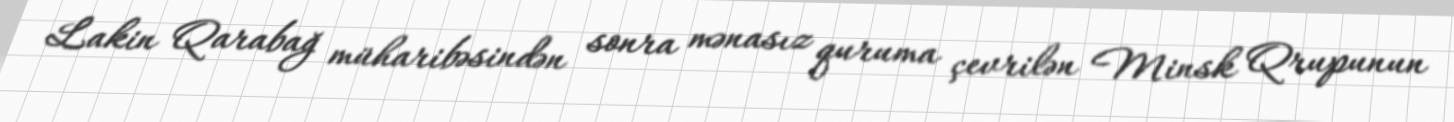
Lakin Qarabağ müharibəsindən sonra mənasız quruma çevrilən Minsk Qrupunun